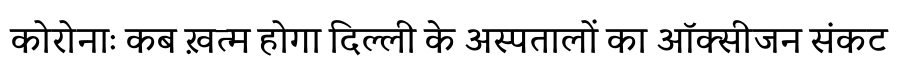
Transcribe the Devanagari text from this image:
कोरोनाः कब ख़त्म होगा दिल्ली के अस्पतालों का ऑक्सीजन संकट